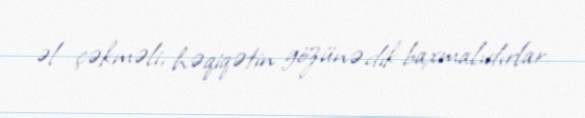
əl çəkməli, həqiqətin gözünə dik baxmalıdırlar.